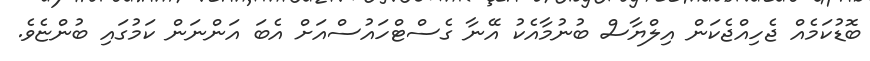
ބޮޑުކަމެއް ޖެހިއްޖެކަން އިލްޔާސް ބުނުމާއެކު އޭނާ ގެސްޓްހައުސްއަށް އެބަ އަންނަން ކަމުގައި ބުންޏެވެ.